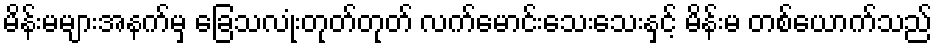
မိန်းမများအနက်မှ ခြေသလုံးတုတ်တုတ် လက်မောင်းသေးသေးနှင့် မိန်းမ တစ်ယောက်သည်